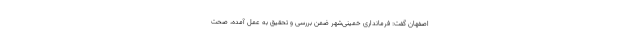
اصفهان گفت: فرمانداری خمینی‌شهر ضمن بررسی و تحقیق به عمل آمده، صحت